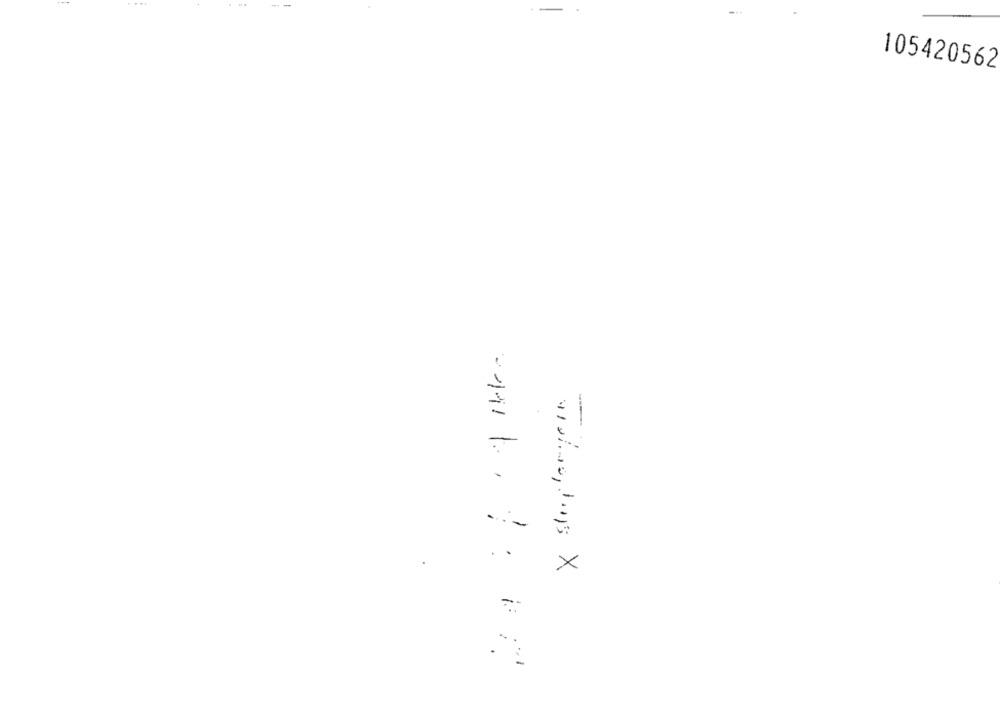
105420562
.
×